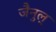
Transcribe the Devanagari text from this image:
जैनुल्